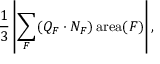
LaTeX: { \frac { 1 } { 3 } } \left| \sum _ { F } ( Q _ { F } \cdot N _ { F } ) \operatorname { a r e a } ( F ) \right| ,